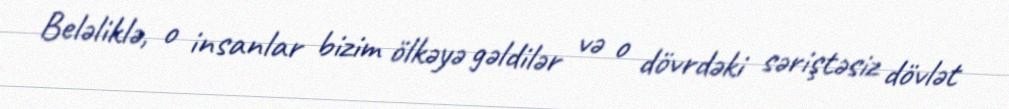
Beləliklə, o insanlar bizim ölkəyə gəldilər və o dövrdəki səriştəsiz dövlət